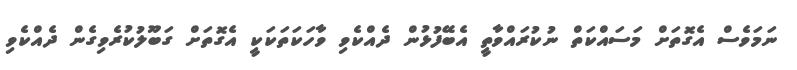
ނަމަވެސް އެގޮތަށް މަސައްކަތް ނުކުރައްވާތީ އެބޭފުޅުން ދެއްކެވި ވާހަކަތަކަކީ އެގޮތަށް ގަބޫލުކުރެވިގެން ދެއްކެވި